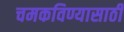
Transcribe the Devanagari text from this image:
चमकविण्यासाठी